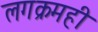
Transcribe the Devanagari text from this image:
लगक्रमही